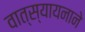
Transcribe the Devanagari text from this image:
वात्स्यायनाने